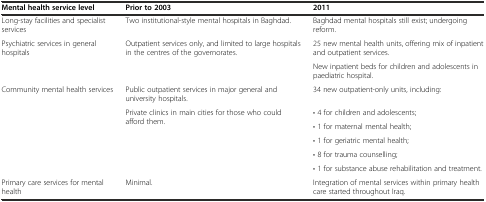
| Mental health service level | Prior to 2003 | 2011 |
 | --- | --- | --- |
 | Long-stay facilities and specialist services | Two institutional-style mental hospitals in Baghdad. | Baghdad mental hospitals still exist; undergoing reform. |
 | Psychiatric services in general hospitals | Outpatient services only, and limited to large hospitals in the centres of the governorates. | 25 new mental health units, offering mix of inpatient and outpatient services. |
 |  |  | New inpatient beds for children and adolescents in paediatric hospital. |
 | Community mental health services | Public outpatient services in major general and university hospitals. | 34 new outpatient-only units, including: |
 | <ROWSPAN=5>  | <ROWSPAN=5> Private clinics in main cities for those who could afford them. | • 4 for children and adolescents; |
 | • 1 for maternal mental health; |
 | • 1 for geriatric mental health; |
 | • 8 for trauma counselling; |
 | • 1 for substance abuse rehabilitation and treatment. |
 | Primary care services for mental health | Minimal. | Integration of mental services within primary health care started throughout Iraq. |